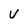
Character: V